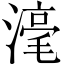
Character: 𣻼